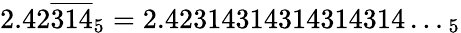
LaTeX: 2.42{\overline{{314}}}_{5}=2.42314314314314314\dots_{5}